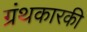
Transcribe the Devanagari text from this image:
ग्रंथकारकी